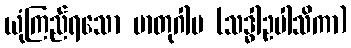
ယုံကြည်ရသော မာတုဂါမ (သဒ္ဓါဥပါသိကာ)